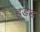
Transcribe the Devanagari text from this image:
हूडेड